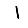
Digit: 1